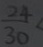
\frac { 2 4 } { 3 0 } <